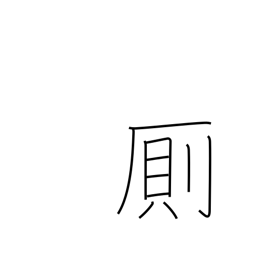
Meaning: privy